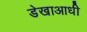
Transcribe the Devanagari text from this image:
डेखाआधी